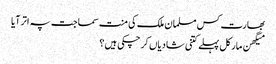
بھارت کس مسلمان ملک کی منت سماجت پہ اتر آیا
میگھن مارکل پہلے کتنی شادیاں کرچکی ہیں؟